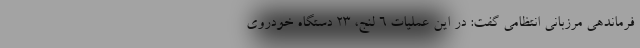
فرماندهی مرزبانی انتظامی گفت: در این عملیات 6 لنج، 23 دستگاه خودروی